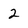
Character: 2